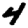
Digit: 4